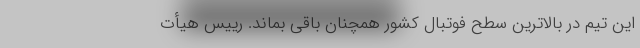
این تیم در بالاترین سطح فوتبال کشور همچنان باقی بماند. رییس هیأت